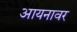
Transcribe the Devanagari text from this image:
आयनावर